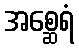
အစ္ဆေရံ